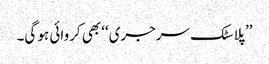
’’پلاسٹک سرجری‘‘ بھی کروائی ہو گی۔